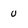
Character: u